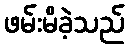
ဖမ်းမိခဲ့သည်